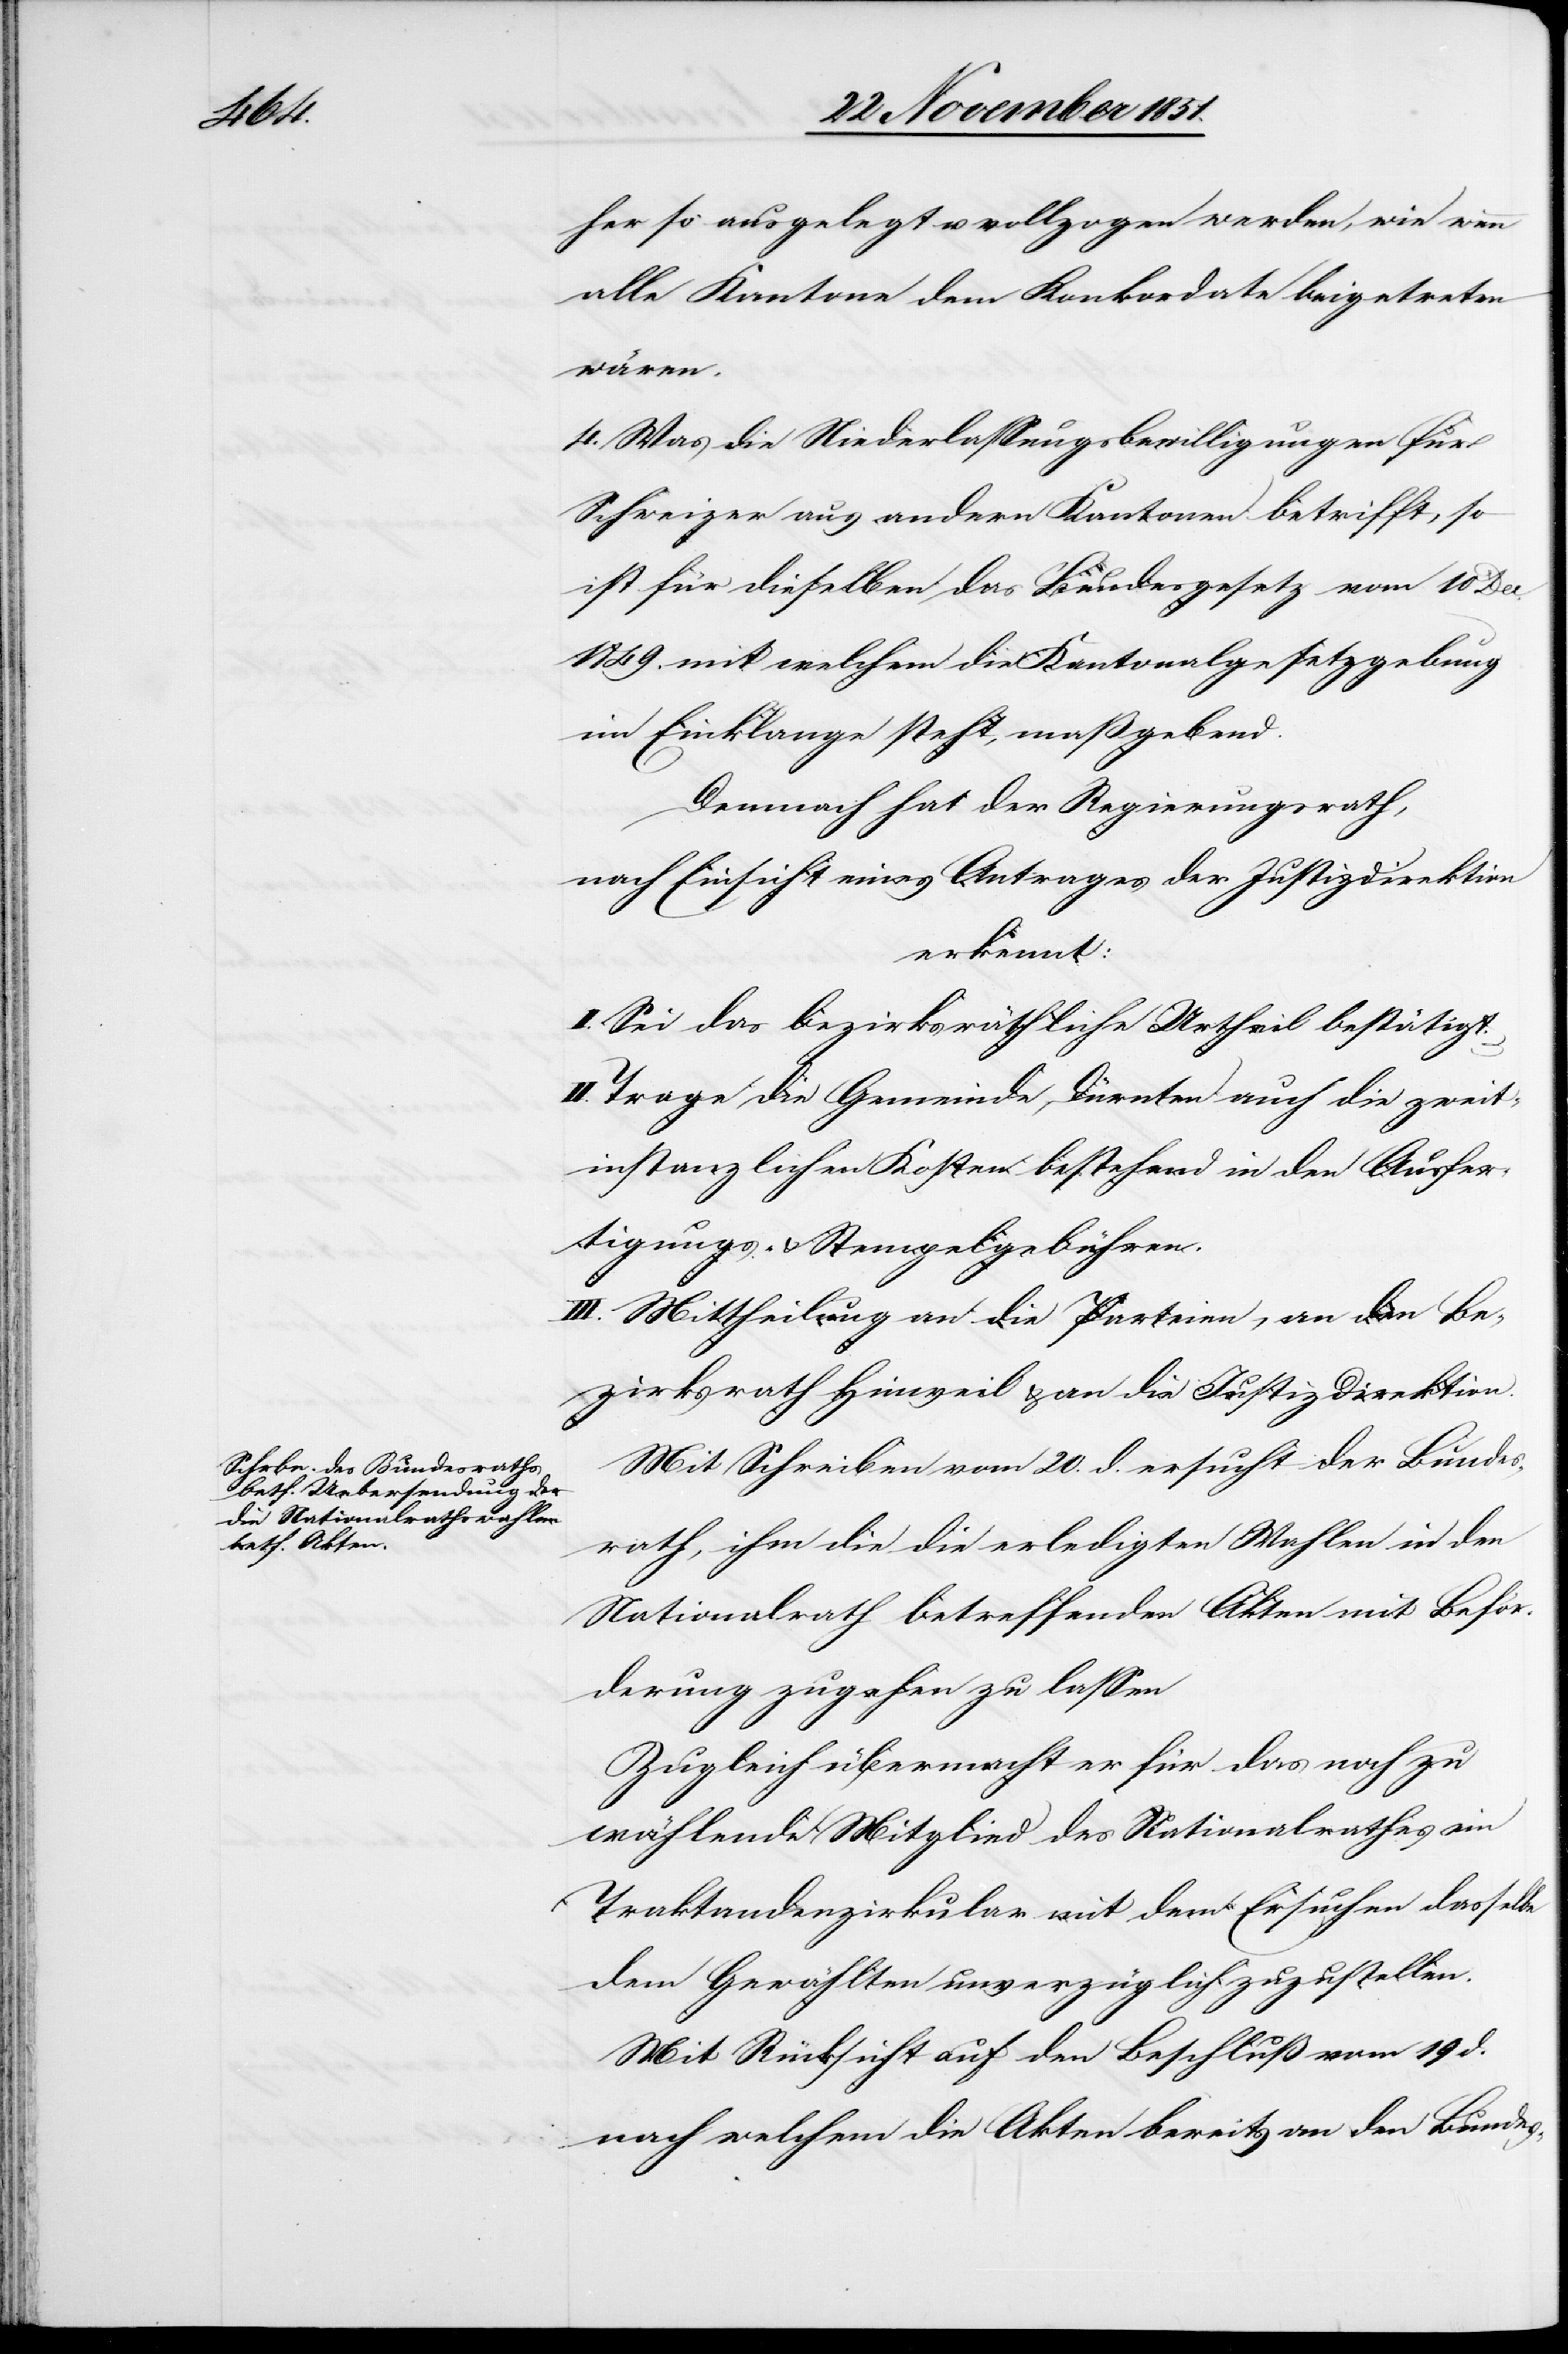
her so ausgelegt u. vollzogen werden, wie wenn
alle Kantone dem Konkordate beigetreten
wären.
4. Was die Niederlassungsbewilligungen für
Schweizer aus andern Kantonen betrifft, so
ist für dieselben das Bundesgesetz vom 10 Dec.
1849. mit welchem die Kantonalgesetzgebung
im Einklange steht, maßgebend.
Demnach hat der Regierungsrath,
nach Einsicht eines Antrages der Justizdirektion
erkennt:
I. Sei das bezirksräthliche Urtheil bestätigt.
Trage die Gemeinde Dürnten auch die zweit¬
instanzlichen Kosten bestehend in den Ausfer¬
tigungs- & Stempelgebühren.
III. Mittheilung an die Parteien, an den Be¬
zirksrath Hinweil & an die Justizdirektion.
Mit Schreiben vom 20. d. ersucht der Bundes¬
rath, ihm die die erledigten Wahlen in den
Nationalrath betreffenden Akten mit Beför¬
derung zugehen zu lassen
Zugleich übermacht er für das noch zu
wählende Mitglied des Nationalrathes ein
Traktandenzirkular mit dem Ersuchen dasselbe
dem Gewählten unverzüglich zuzustellen.
Mit Rücksicht auf den Beschluß vom 19 d.
nach welchem die Akten bereits an den Bundes-